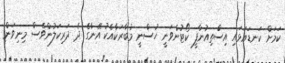
ކަމަށް ކަނޑައަޅައި އިސްތިއުނާފީ ކޯޓުންވަނީ ހުސްނީ މުބާރަކާއެކު އޭނާގެ ދެ ދަރިކަލުންވެސް މިނިވަން